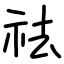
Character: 祛